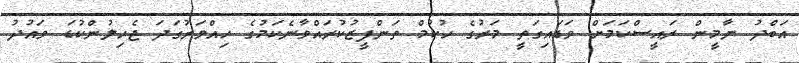
އަބްދު ޔާމީން ރައީސްކަމަށް ވަޑައިގަތީ މަރުގެ ހުކުމް ތަންފީޒުކުރައްވާނެކަމުގެ ހިއްވަރުގަދަ ޖެހިލުންކުޑަ ވައުދު